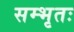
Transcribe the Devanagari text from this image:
सम्भृतः